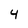
Character: 4